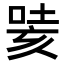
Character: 𭈯